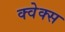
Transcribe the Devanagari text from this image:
क्वेक्स